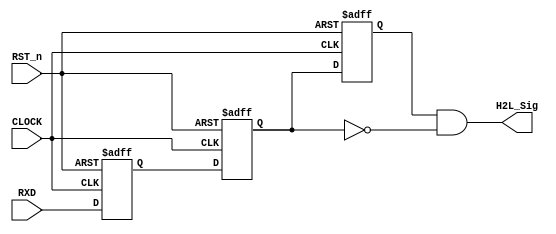
//***************************************//
//# @Author: 
//# @Date:   2019-04-06 22:44:48
//# @Last Modified by:   zlk
//# @Last Modified time: 2019-05-12 19:21:45
//****************************************//
module detect_module 
(
    CLOCK, RST_n,
	 RXD,
	 H2L_Sig
);
    input CLOCK;
	input RST_n;
	input RXD;
	output H2L_Sig;
	 

	/******************************/
    //sync the rxd data: rxd_sync
    reg	rxd_sync;				
    always@(posedge CLOCK or negedge RST_n)
    begin
	if(!RST_n)
		rxd_sync <= 1;
	else
		rxd_sync <= RXD;
    end

	/******************************/
	 
	 reg H2L_F1;
	 reg H2L_F2;
	 
	 always @ ( posedge CLOCK or negedge RST_n )
	     if( !RST_n )
		      begin
				    H2L_F1 <= 1'b1;
					 H2L_F2 <= 1'b1;
				end
		  else
		      begin
				    H2L_F1 <= rxd_sync;
					H2L_F2 <= H2L_F1;
				end
				
	/***************************************/
	
	assign H2L_Sig = H2L_F2 & !H2L_F1;
	
	/***************************************/
	
endmodule